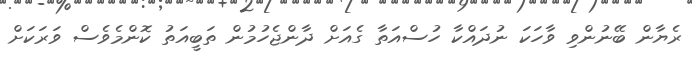
ރެޔާން ބޭނުންވި ވާހަކަ ނުދައްކާ ހުސްއަތާ ގެއަށް ދާންޖެހުމުން ތަބީއަތު ކޮންމެވެސް ވަރަކަށް